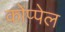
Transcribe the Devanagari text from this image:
कोप्पेल